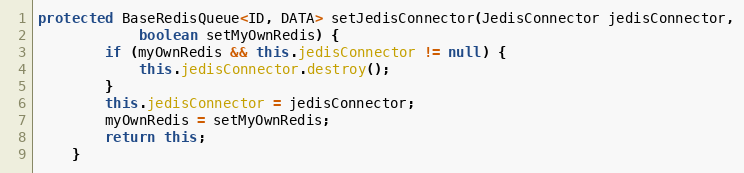
Language: Java
protected BaseRedisQueue<ID, DATA> setJedisConnector(JedisConnector jedisConnector,
            boolean setMyOwnRedis) {
        if (myOwnRedis && this.jedisConnector != null) {
            this.jedisConnector.destroy();
        }
        this.jedisConnector = jedisConnector;
        myOwnRedis = setMyOwnRedis;
        return this;
    }